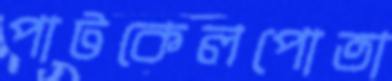
পাটকেলপোতা